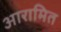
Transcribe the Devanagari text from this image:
आरामित